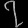
Digit: ၇